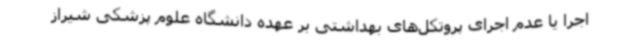
اجرا یا عدم اجرای پروتکل‌های بهداشتی بر عهده دانشگاه علوم پزشکی شیراز